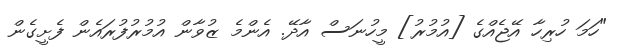
"ހަމަ ހުރިހާ އޭޖެއްގެ [އުމުރު] މީހުނަސް އާދޭ. އެންމެ ޒުވާން އުމުރުފުރައެން ފެށީގެން